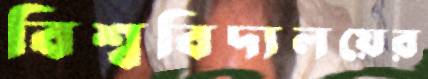
বিশ্ববিদ্যলয়ের